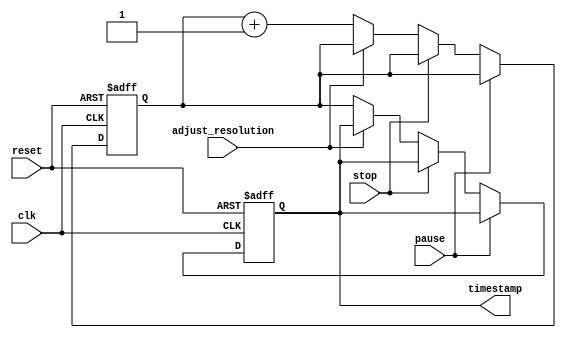
module timer_block(
    input wire clk,
    input wire reset,
    input wire pause,
    input wire stop,
    input wire adjust_resolution,
    output reg [31:0] timestamp
);

reg [31:0] counter;

always @(posedge clk or posedge reset) begin
    if (reset) begin
        counter <= 0;
        timestamp <= 0;
    end else begin
        if (pause) begin
            // do nothing, pause timer
        end else if (stop) begin
            // stop timer
        end else if (adjust_resolution) begin
            // adjust timestamp resolution
        end else begin
            counter <= counter + 1;
            timestamp <= counter;
        end
    end
end

endmodule